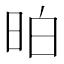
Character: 𣆆